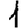
Digit: 1